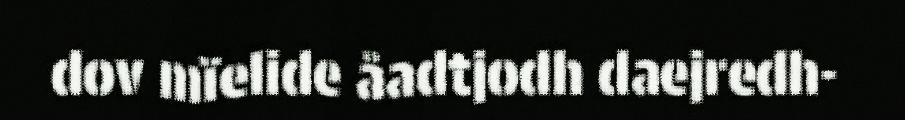
dov mïelide åadtjodh daejredh-